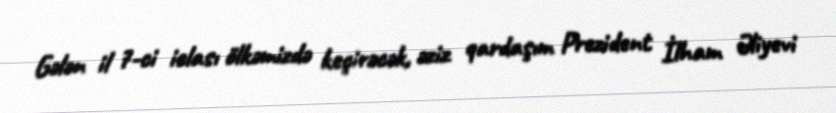
Gələn il 7-ci iclası ölkəmizdə keçirəcək, əziz qardaşım Prezident İlham Əliyevi